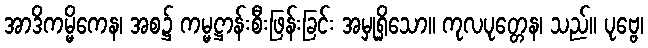
အာဒိကမ္မိကေန၊ အစ၌ ကမ္မဋ္ဌာန်းစီးဖြန်းခြင်း အမှုရှိသော။ ကုလပုတ္တေန၊ သည်။ ပုဗ္ဗေ၊